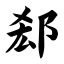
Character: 郄